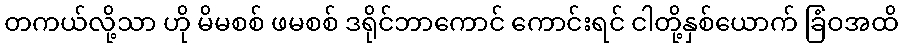
တကယ်လို့သာ ဟို မိမစစ် ဖမစစ် ဒရိုင်ဘာကောင် ကောင်းရင် ငါတို့နှစ်ယောက် ခြံဝအထိ